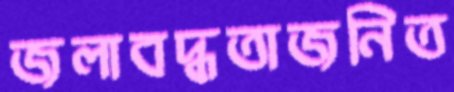
জলাবদ্ধতাজনিত